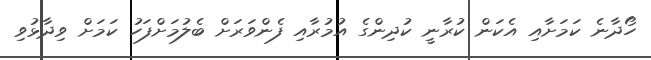
ހޯދާނެ ކަމަށާއި އެކަން ކުރާނީ ކުދިންގެ އުމުރާއި ފެންވަރަށް ބެލުމަށްފަހު ކަމަށް ވިދާޅުވި